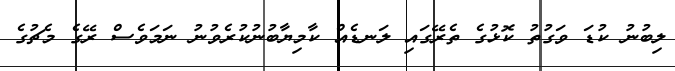
ލިބުނު ކުޑަ ވަގުތު ކޮޅުގެ ތެރޭގައި ލަނޑެއް ކާމިޔާބުނުކުރެވުނު ނަމަވެސް ރޭގެ މެޗުގެ